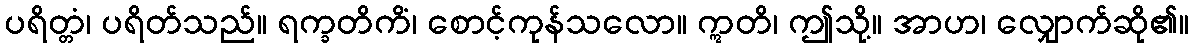
ပရိတ္တံ၊ ပရိတ်သည်။ ရက္ခတိကိံ၊ စောင့်ကုန်သလော။ ဣတိ၊ ဤသို့။ အာဟ၊ လျှောက်ဆို၏။